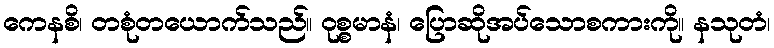
ကေနစိ၊ တစုံတယောက်သည်။ ဝုစ္စမာနံ၊ ပြောဆိုအပ်သောစကားကို။ နသုတံ၊